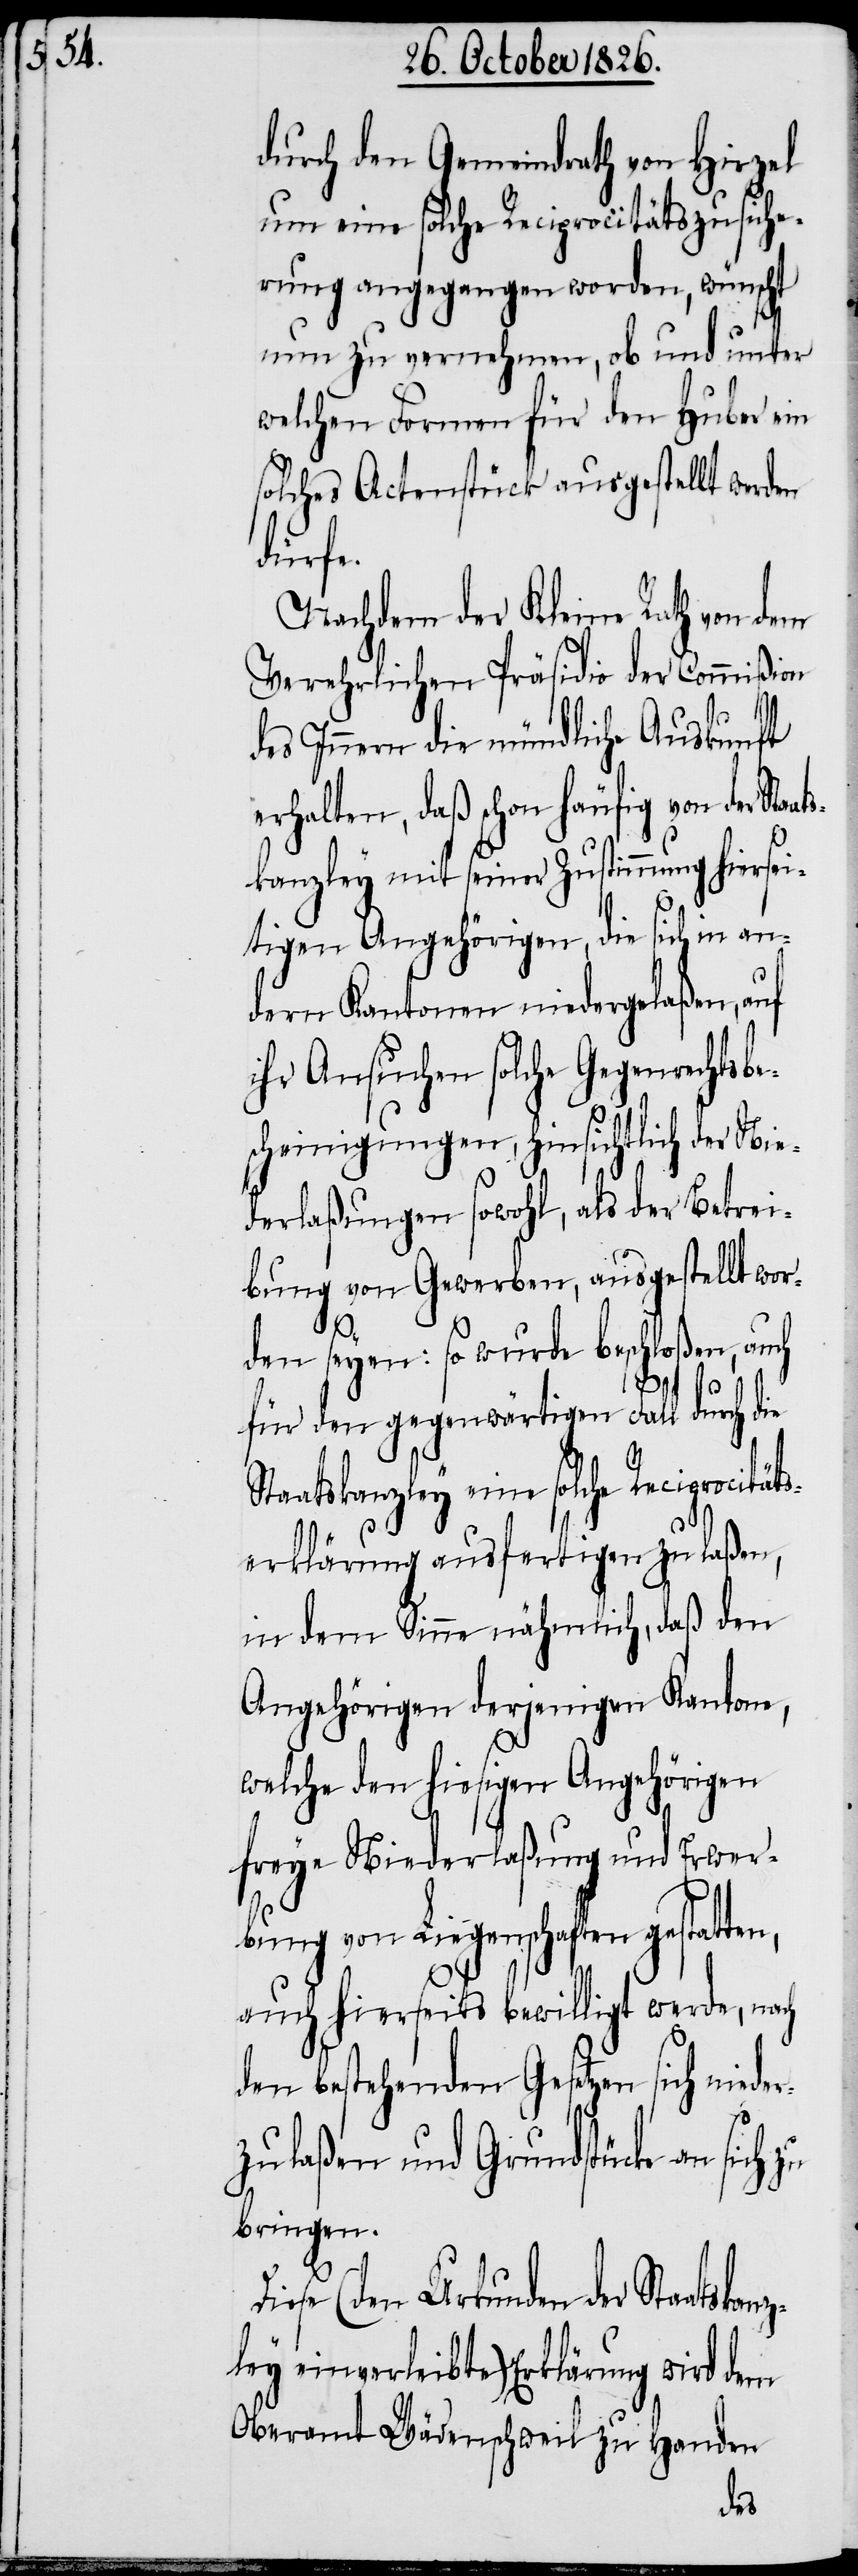
skanz¬

durch den Gemeindrath von Hirzel
um eine solche Reciprocitätszusiche¬
rung angegangen worden, wünscht
nun zu vernehmen, ob und unter
welchen Formen für den Huber ein
solches Actenstück ausgestellt werden
Dies¬
Nachdem der Kleine Rath von dem
Verehrlichen Präsidio der Commißion
des Innern die mündliche Auskunft
erhalten, daß schon häufig von der Sta¬
kanzley mit seiner Zustimmung hiersei¬
tigen Angehörigen, die sich in an¬
dern Kantonen niedergelaßen, auf
ihr Ansuchen solche Gegenrechts¬
cheinigungen, hinsichtlich der Nie¬
derlaßung sowohl, als der Betrei¬
bung von Gewerben, ausgestellt wor¬
den seyen: so wurde beschloßen, auch
S¬
für den gegenwärtigen Fall durch die
taatskanzley eine solche Reciprocitä¬
tserklärung ausfertigen zu laßen,
in dem Sinne nähmlich, daß den
Angehörigen derjenigen Kantone,
welche den hiesigen Angehörigen
freye Niederlaßung und Erwer¬
bung von Liegenschaften gestatten,
auch hierseits bewilligt werde, nach
den bestehenden Gesetzen sich niede¬
rzulaßen und Grundstücke an sich
bringen.
e (den Urkunden der Staat¬
ley einverleibte) Erklärung wird dem
Oberamt Wädenschweil zu Handen
bes¬